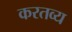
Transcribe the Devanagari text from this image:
करतव्य